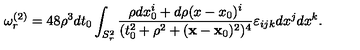
\omega _ { r } ^ { ( 2 ) } = 4 8 \rho ^ { 3 } d t _ { 0 } \int _ { S _ { r } ^ { 2 } } { \frac { \rho d x _ { 0 } ^ { i } + d \rho ( x - x _ { 0 } ) ^ { i } } { ( t _ { 0 } ^ { 2 } + \rho ^ { 2 } + ( { \bf x } - { \bf x } _ { 0 } ) ^ { 2 } ) ^ { 4 } } } \varepsilon _ { i j k } d x ^ { j } d x ^ { k } .